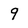
Character: 9